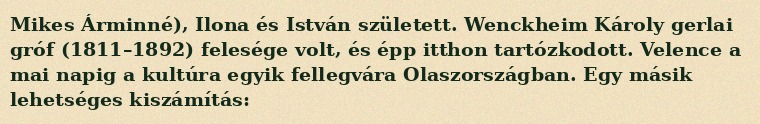
Mikes Árminné), Ilona és István született. Wenckheim Károly gerlai gróf (1811–1892) felesége volt, és épp itthon tartózkodott. Velence a mai napig a kultúra egyik fellegvára Olaszországban. Egy másik lehetséges kiszámítás: